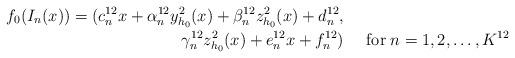
LaTeX: \begin{align*}f_{0}(I_{n}(x))= (c_{n}^{12}x + \alpha_{n}^{12}y_{h_{0}}^{2}(x)+ \beta_{n}^{12}z_{h_{0}}^{2}(x)+ d_{n}^{12}, &&\\\gamma_{n}^{12}z_{h_{0}}^{2}(x)+ e_{n}^{12}x+ f_{n}^{12}) && \; \mathrm{for} \; n=1, 2, \ldots, K^{12}\end{align*}